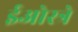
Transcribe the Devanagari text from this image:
ईओस्त्रे